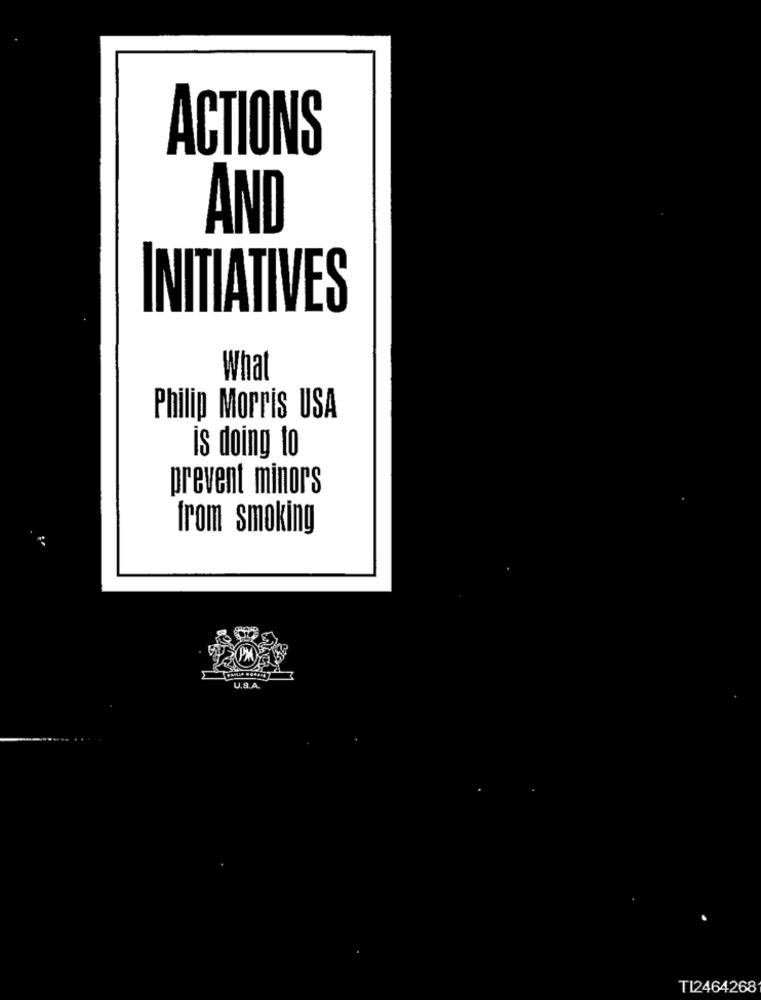
ACTIONS
AND
INITIATIVES
What
Philip Morris USA
is doing to
prevent minors
from smoking
U.S.A.
T12464268